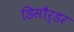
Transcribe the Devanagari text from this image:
डिसौर्डर